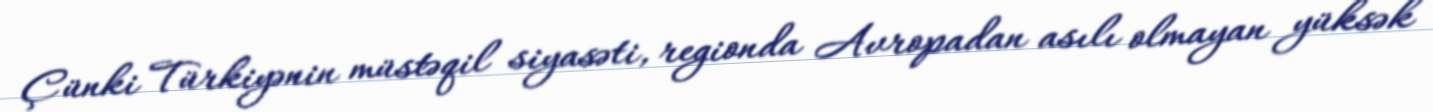
Çünki Türkiyənin müstəqil siyasəti, regionda Avropadan asılı olmayan yüksək